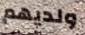
ولديهم